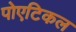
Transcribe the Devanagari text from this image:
पोएटिकल